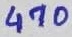
Text: 470